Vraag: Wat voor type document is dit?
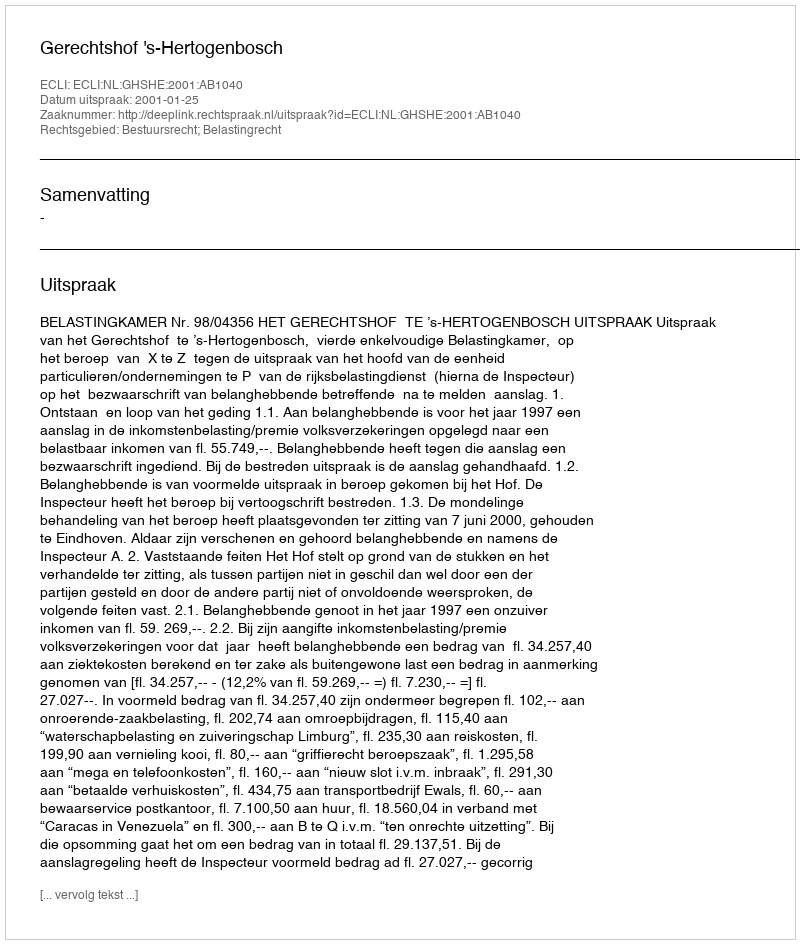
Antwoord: Uitspraak